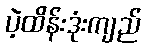
ပဲ့ထိန်းဒုံးကျည်